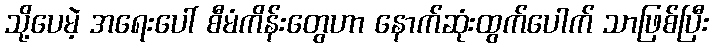
သို့ပေမဲ့ အရေးပေါ် စီမံကိန်းတွေဟာ နောက်ဆုံးထွက်ပေါက် သာဖြစ်ပြီး